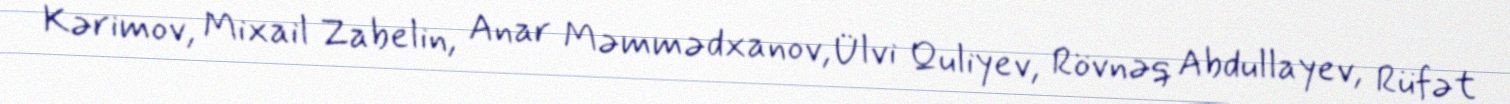
Kərimov, Mixail Zabelin, Anar Məmmədxanov,Ülvi Quliyev, Rövnəq Abdullayev, Rüfət